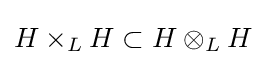
H\times _{L}H\subset H\otimes _{L}H